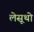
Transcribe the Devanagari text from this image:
लेसूथो